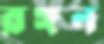
রঙ্গন